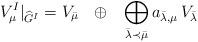
LaTeX: \begin{align*} V^I_\mu|_{\widehat{G}^I} = V_{\bar{\mu}} ~~ \oplus ~~ \bigoplus_{\bar{\lambda} \prec \bar{\mu}} a_{\bar{\lambda}, \mu} \, V_{\bar{\lambda}}\end{align*}